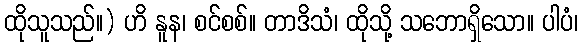
ထိုသူသည်။) ဟိ နူန၊ စင်စစ်။ တာဒိသံ၊ ထိုသို့ သဘောရှိသော။ ပါပံ၊